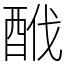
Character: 䣹